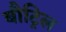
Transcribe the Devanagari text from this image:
बौट्रिल